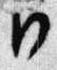
日